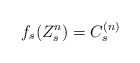
\begin{align*} f_s(Z^n_s)=C^{(n)}_s \end{align*}